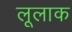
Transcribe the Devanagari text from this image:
लूलाक